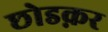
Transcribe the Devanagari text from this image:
छोडक़र